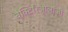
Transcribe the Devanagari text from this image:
बैक्टिरिओलॉजी